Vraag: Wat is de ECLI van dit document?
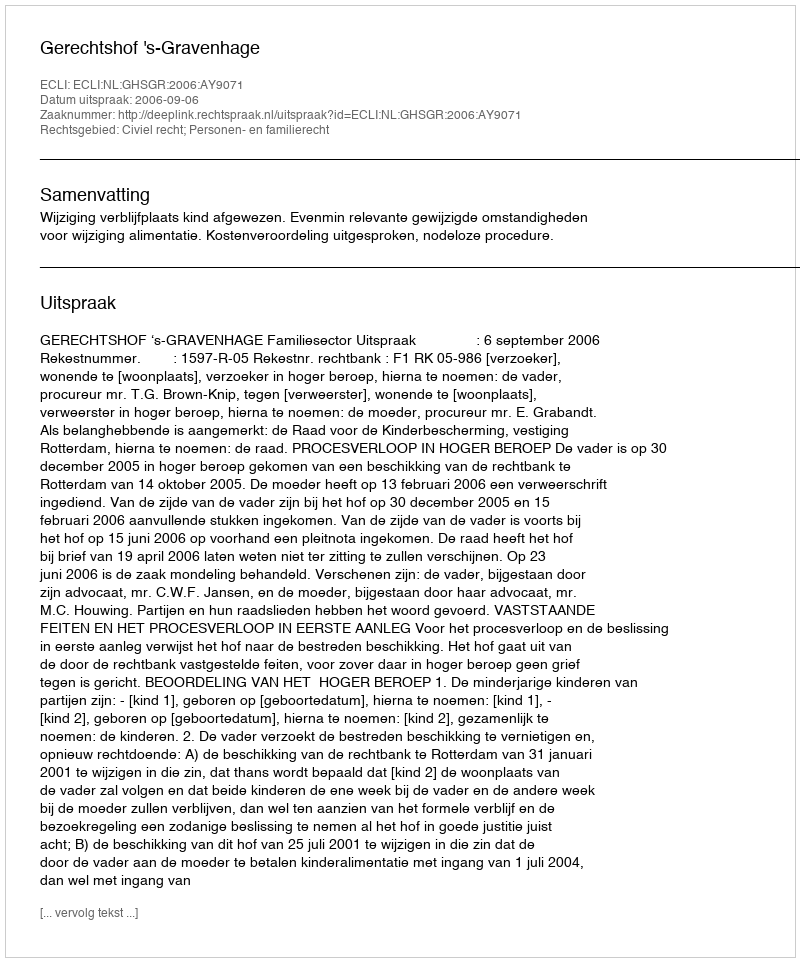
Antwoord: ECLI:NL:GHSGR:2006:AY9071